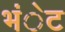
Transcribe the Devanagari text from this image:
भंेट